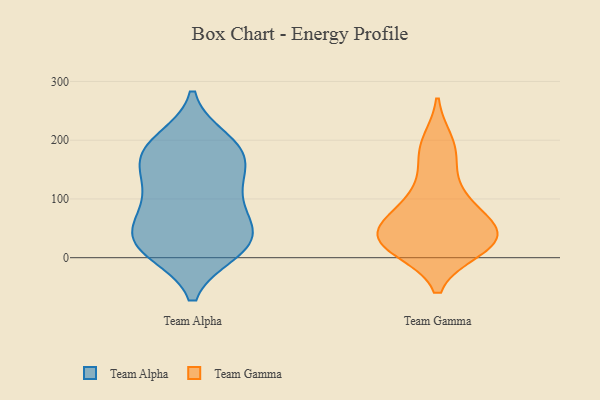
{"axis": {"x": "Energy Usage (MWh)", "y": "Value"}, "legend": ["Team Alpha", "Team Gamma"], "data": [{"x": "", "y": 130, "type": "Team Alpha"}, {"x": "", "y": 185, "type": "Team Alpha"}, {"x": "", "y": 11, "type": "Team Alpha"}, {"x": "", "y": 181, "type": "Team Alpha"}, {"x": "", "y": 191, "type": "Team Alpha"}, {"x": "", "y": 38, "type": "Team Alpha"}, {"x": "", "y": 10, "type": "Team Alpha"}, {"x": "", "y": 19, "type": "Team Alpha"}, {"x": "", "y": 85, "type": "Team Alpha"}, {"x": "", "y": 157, "type": "Team Alpha"}, {"x": "", "y": 103, "type": "Team Alpha"}, {"x": "", "y": 167, "type": "Team Alpha"}, {"x": "", "y": 14, "type": "Team Alpha"}, {"x": "", "y": 43, "type": "Team Alpha"}, {"x": "", "y": 123, "type": "Team Alpha"}, {"x": "", "y": 200, "type": "Team Alpha"}, {"x": "", "y": 53, "type": "Team Alpha"}, {"x": "", "y": 59, "type": "Team Alpha"}, {"x": "", "y": 15, "type": "Team Gamma"}, {"x": "", "y": 113, "type": "Team Gamma"}, {"x": "", "y": 43, "type": "Team Gamma"}, {"x": "", "y": 46, "type": "Team Gamma"}, {"x": "", "y": 64, "type": "Team Gamma"}, {"x": "", "y": 171, "type": "Team Gamma"}, {"x": "", "y": 86, "type": "Team Gamma"}, {"x": "", "y": 30, "type": "Team Gamma"}, {"x": "", "y": 29, "type": "Team Gamma"}, {"x": "", "y": 196, "type": "Team Gamma"}, {"x": "", "y": 18, "type": "Team Gamma"}]}